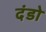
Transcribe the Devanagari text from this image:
दंडो